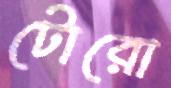
টোরো